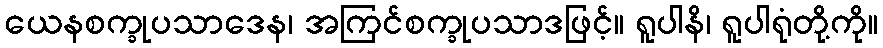
ယေနစက္ခုပသာဒေန၊ အကြင်စက္ခုပသာဒဖြင့်။ ရူပါနိ၊ ရူပါရုံတို့ကို။